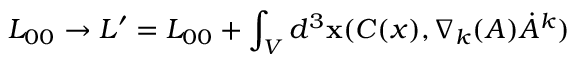
L _ { 0 0 } \rightarrow L ^ { \prime } = L _ { 0 0 } + \int _ { V } d ^ { 3 } { \bf x } ( C ( x ) , \nabla _ { k } ( A ) \dot { A } ^ { k } )